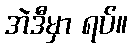
အဲဒီမှာ ရပ်။